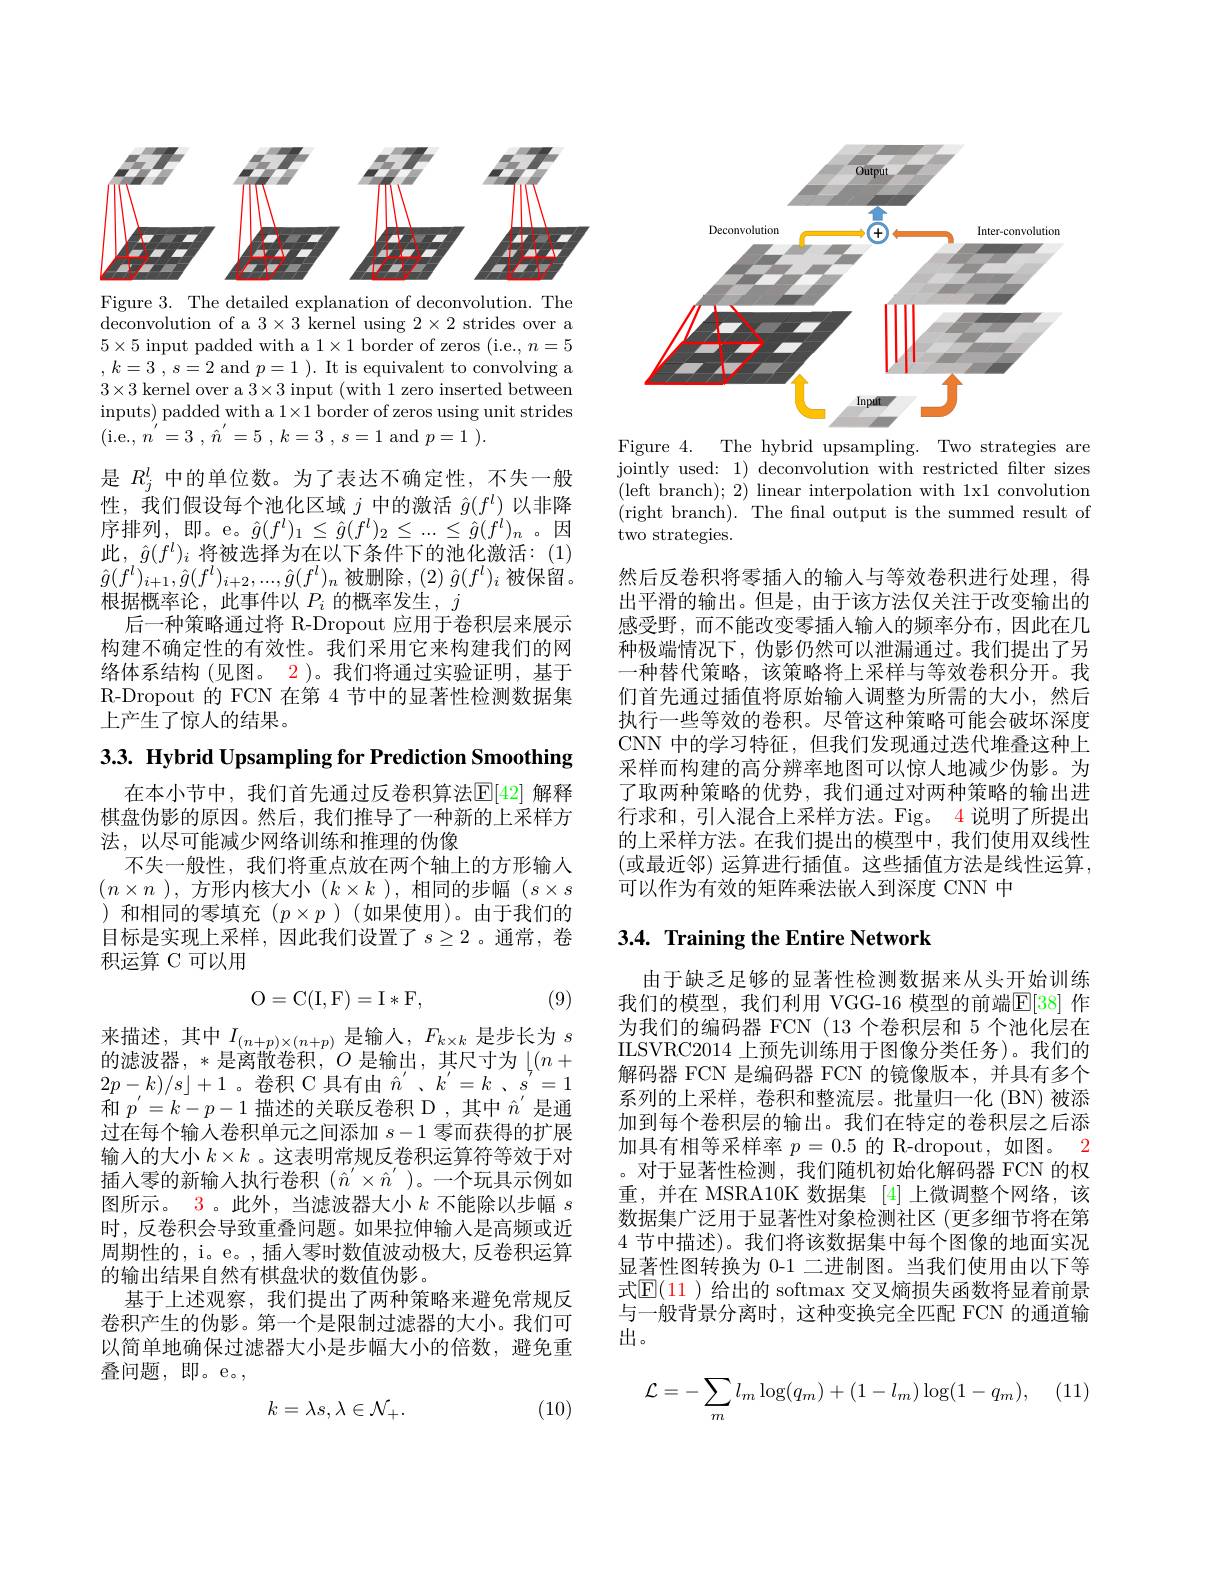
<FigureHere>
Figure 3. The detailed explanation of deconvolution. The

$\bar{\text{deconvolution of a 3}\times3}$ kernel using $2\times2$ strides over a $5\times5$ input padded with a 1$\times1$ border of zeros (i.e., $n=5$ $, k= 3$ , $s= 2$ and $p= 1$ ). It is equivalent to convolving a $3\times3$ kernel over a $3\times3$ input (with 1 zero inserted between inputs) padded with a $1\times1$ border of zeros using unit strides (i.e.,$n^{^{\prime }}= 3$ , $\hat{n} ^{^{\prime }}= 5$ , $k= 3$ , $s= 1$and$p= 1$ ).
是$R_{j}^{l}$中的单位数。为了表达不确定性，不失一般性，我们假设每个池化区域$j$中的激活$\hat{g}(f^l)$以非降序排列，即。e。$\hat{g}(f^l)_1\leq\hat{g}(f^l)_2\leq...\leq\hat{g}(f^l)_n$。因此，$\hat{g} ( f^l) _i$ 将被选择为在以下条件下的池化激活：(1) $\hat{g}(f^{l})_{i+1},\hat{g}(f^{l})_{i+2},...,\hat{g}(f^{l})_{n}$ 被删除，$(2)\hat{g}(f^{l})_{i}$被保留。根据概率论，此事件以$P_i$的概率发生，$j$
后一种策略通过将 R-Dropout 应用于卷积层来展示构建不确定性的有效性。我们采用它来构建我们的网络体系结构 (见图。2)。我们将通过实验证明，基于R-Dropout 的 FCN 在第 4 节中的显著性检测数据集上产生了惊人的结果。

3.3. Hybrid Upsampling for Prediction Smoothing

在本小节中，我们首先通过反卷积算法$\mathbb{E}[42]$ 解释棋盘伪影的原因。然后，我们推导了一种新的上采样方法，以尽可能减少网络训练和推理的伪像
不失一般性，我们将重点放在两个轴上的方形输人$(n\times n)$,方形内核大小$(k\times k$ ),相同的步幅$(s\times s$ )和相同的零填充$(p\times p$ )(如果使用)。由于我们的目标是实现上采样，因此我们设置了$s\geq2$。通常，卷积运算 C 可以用
$$\mathrm O=\mathrm C(\mathrm I,\mathrm F)=\mathrm I*\mathrm F,$$
(9)

来描述，其中$I_(n+p)\times(n+p)$是输入$,F_k\times k$ 是步长为 $s$ 的滤波器，*是离散卷积，$O$ 是输出，其尺寸为$\downarrow(n+$ $2p- k) / s$ ]+1。卷积 C 具有由$\hat{n}^{\prime}$、$k^{\prime}=k$、$s^{7}=1$ 和$p^{\prime}=k-p-1$描述的关联反卷积 D ,其中$\hat{n}^{\prime}$是通过在每个输人卷积单元之间添加$s-1$零而获得的扩展输入的大小$k\times k$ 。这表明常规反卷积运算符等效于对插入零的新输入执行卷积 ($\hat{n}^\prime\times\hat{n}^{\prime})$。一个玩具示例如图所示。3。此外，当滤波器大小$k$不能除以步幅$s$ 时，反卷积会导致重叠问题。如果拉伸输入是高频或近周期性的，i。e。, 插人零时数值波动极大，反卷积运算的输出结果自然有棋盘状的数值伪影。
基于上述观察，我们提出了两种策略来避免常规反卷积产生的伪影。第一个是限制过滤器的大小。我们可以简单地确保过滤器大小是步幅大小的倍数，避免重叠问题，即。e。,

(10)
$$k=\lambda s,\lambda\in\mathcal{N}_{+}.$$
<FigureHere>

Figure 4. The hybrid upsampling. Two strategies are jointly used: 1) deconvolution with restricted filter sizes (left branch); 2) linear interpolation with 1x1 convolution (right branch). The fnal output is the summed result of two strategies.

然后反卷积将零插人的输入与等效卷积进行处理，得出平滑的输出。但是，由于该方法仅关注于改变输出的感受野，而不能改变零插人输入的频率分布，因此在几种极端情况下，伪影仍然可以泄漏通过。我们提出了另一种替代策略，该策略将上采样与等效卷积分开。我们首先通过插值将原始输入调整为所需的大小，然后执行一些等效的卷积。尽管这种策略可能会破坏深度CNN 中的学习特征，但我们发现通过迭代堆叠这种上采样而构建的高分辨率地图可以惊人地减少伪影。为了取两种策略的优势，我们通过对两种策略的输出进行求和，引人混合上采样方法。Fig。4 说明了所提出的上采样方法。在我们提出的模型中，我们使用双线性(或最近邻)运算进行插值。这些插值方法是线性运算， 可以作为有效的矩阵乘法嵌人到深度 CNN 中

## 3.4. Training the Entire Network

由于缺乏足够的显著性检测数据来从头开始训练我们的模型，我们利用 VGG-16 模型的前端$\mathbb{E}[38]$ 作为我们的编码器 FCN (13 个卷积层和 5 个池化层在ILSVRC2014 上预先训练用于图像分类任务)。我们的解码器 FCN 是编码器 FCN 的镜像版本，并具有多个系列的上采样，卷积和整流层。批量归一化 (BN)被添加到每个卷积层的输出。我们在特定的卷积层之后添加具有相等采样率$p=0.5$的 R-dropout, 如图。2 。对于显著性检测，我们随机初始化解码器 FCN 的权重，并在 MSRA10K 数据集 [4]上微调整个网络，该数据集广泛用于显著性对象检测社区 (更多细节将在第4 节中描述)。我们将该数据集中每个图像的地面实况显著性图转换为 0-1 二进制图。当我们使用由以下等式$\mathbb{E}(11$ )给出的 softmax 交叉熵损失函数将显着前景与一般背景分离时，这种变换完全匹配 FCN 的通道输出。
$$\mathcal{L}=-\sum_ml_m\log(q_m)+(1-l_m)\log(1-q_m),$$